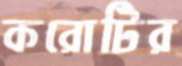
করোটির